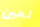
لحين